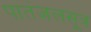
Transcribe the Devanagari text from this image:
पातंजलसूत्र